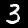
Digit: 3